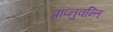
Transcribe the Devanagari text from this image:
प्राप्नुवन्ति